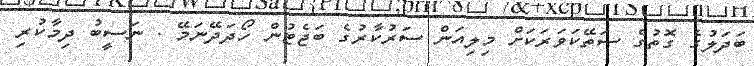
ބަދަލުގެ ގޮތުގެ ސަތޭކަވަރަކަށް މިލިއަން ސަރުކާރުގެ ބަޖެޓުން ހޯދަދޭނަމޭ . ނަސީބު ދިމާކުރި